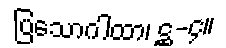
ပြသောဂါထာ၊ ဋ္ဌ-၄။